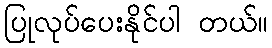
ပြုလုပ်ပေးနိုင်ပါ တယ်။